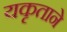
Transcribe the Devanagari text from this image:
यकृताने